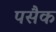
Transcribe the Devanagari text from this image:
पसैक